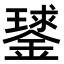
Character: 𨫣